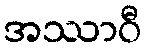
အဿာဝီ